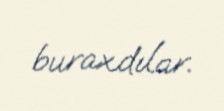
buraxdılar.